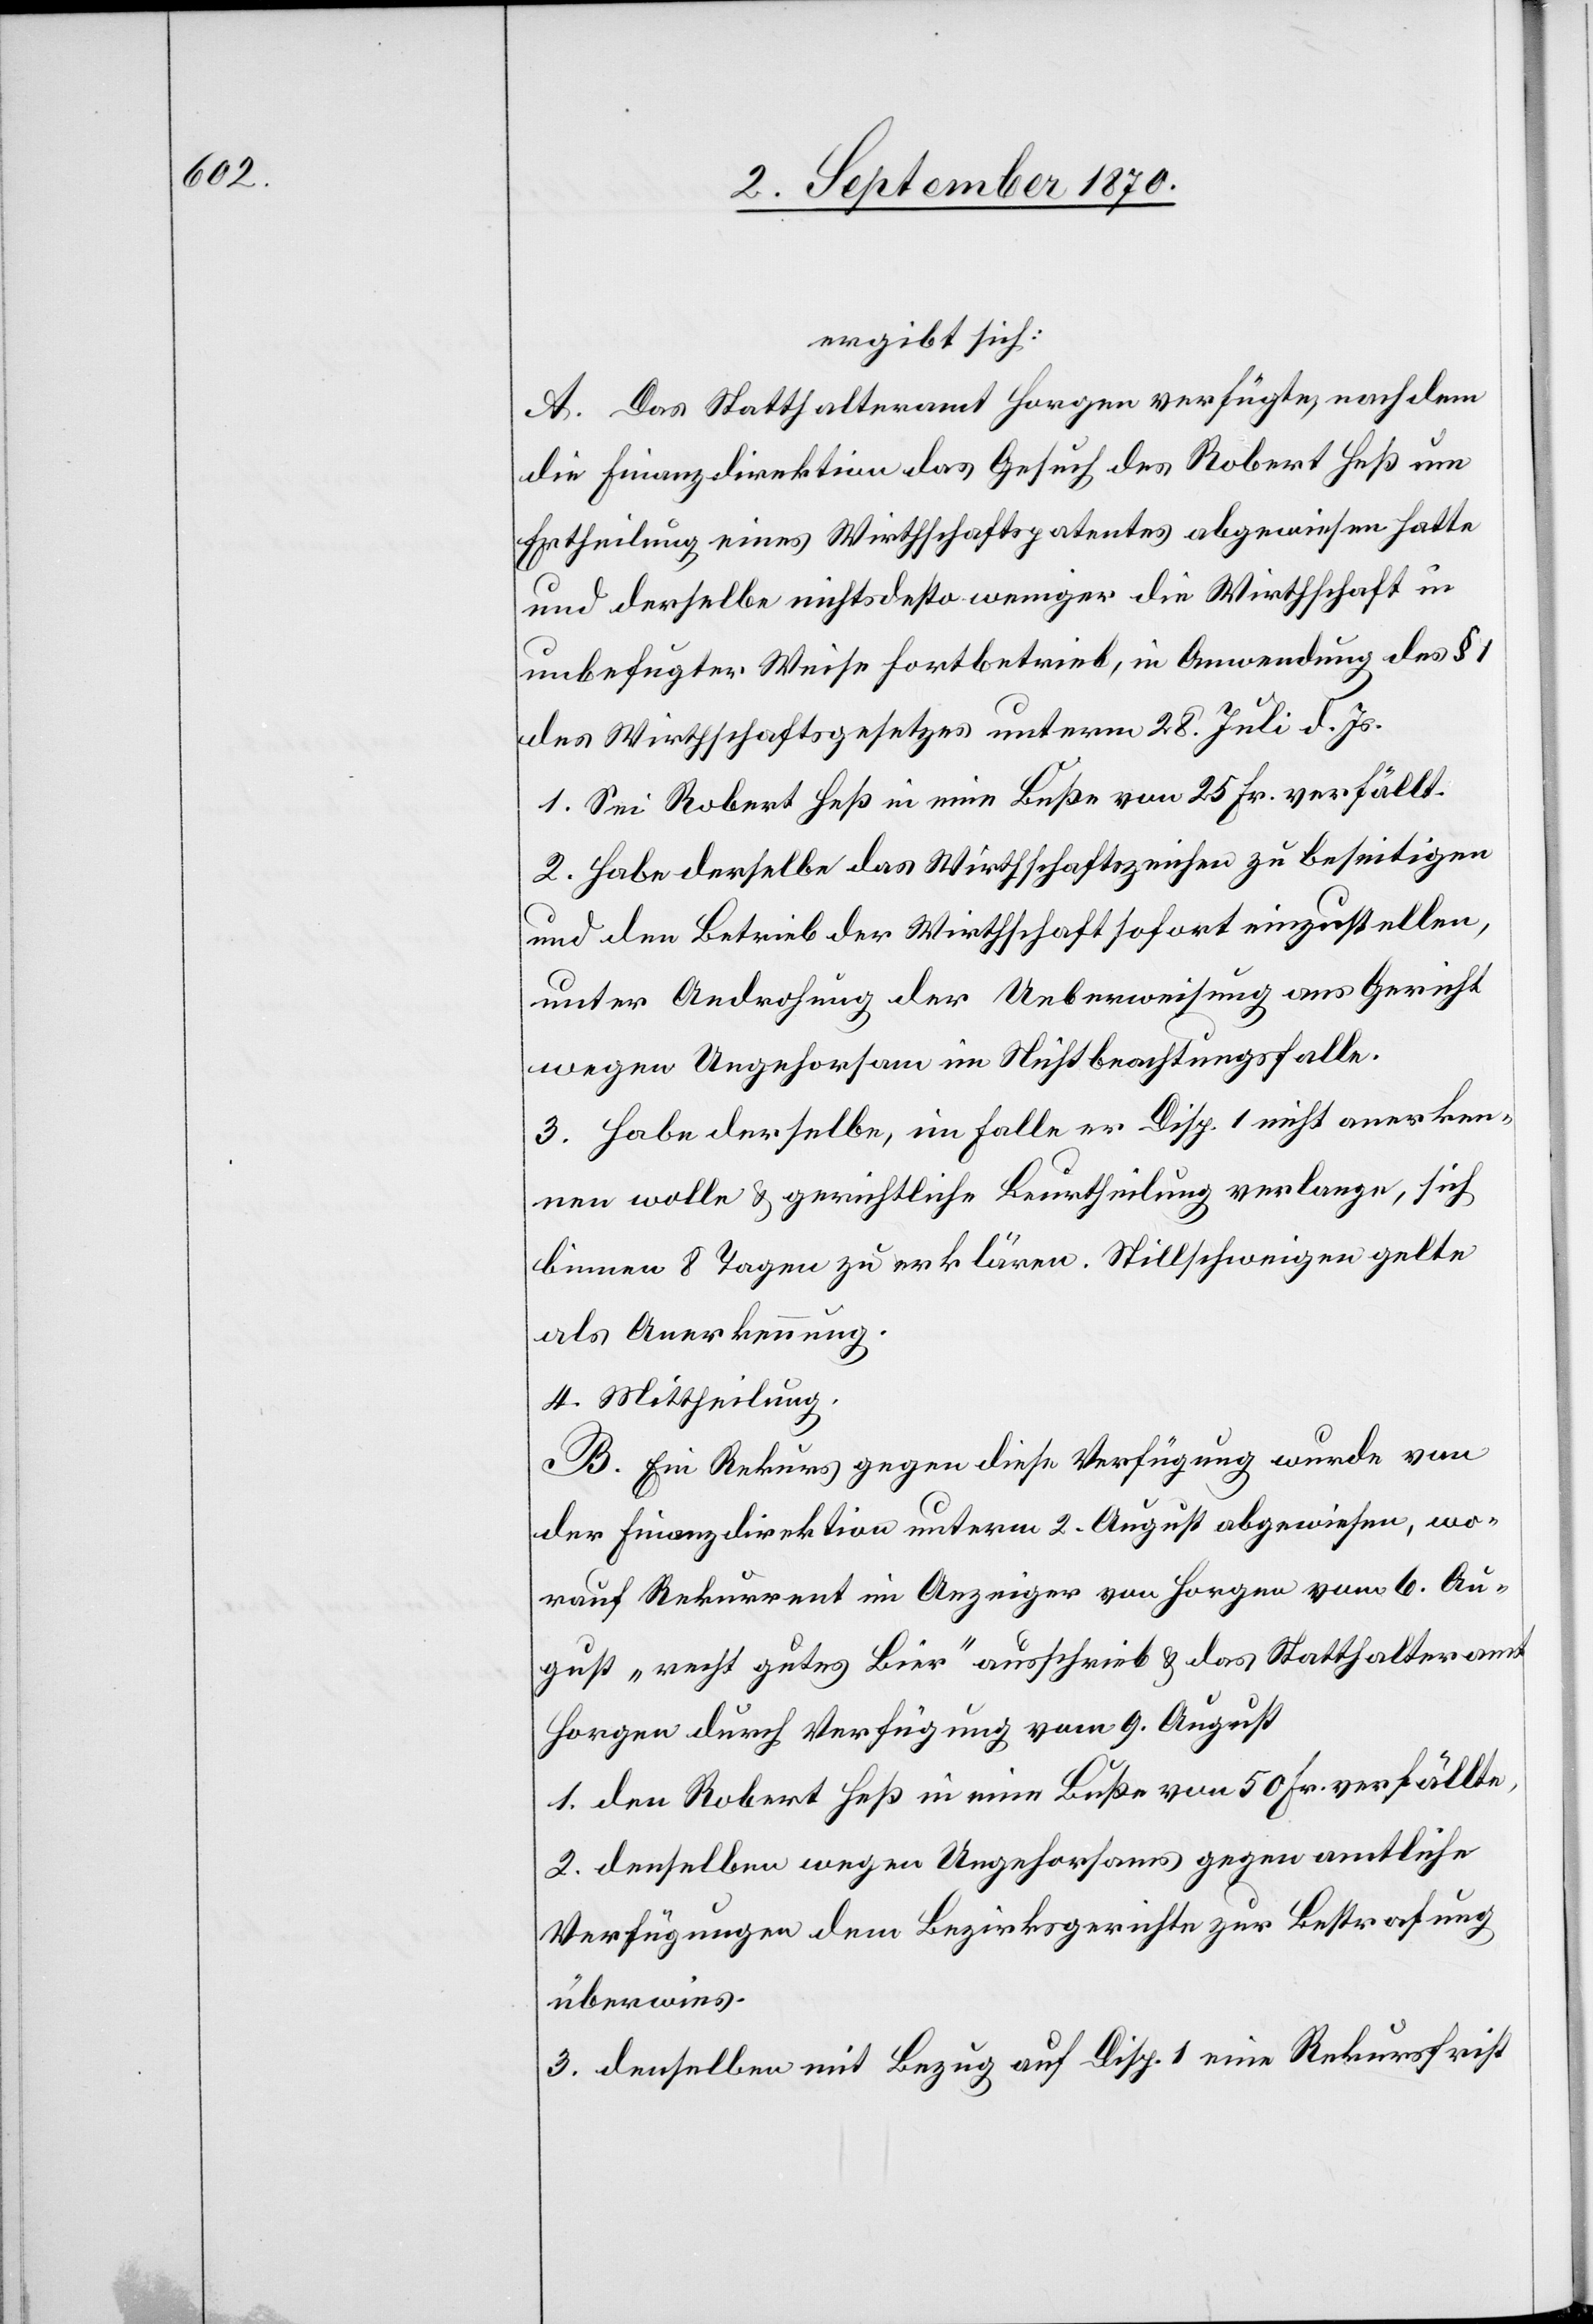
ergibt sich:
A. Das Statthalteramt Horgen verfügte, nachdem
die Finanzdirektion das Gesuch des Robert Heß um
Ertheilung eines Wirthschaftspatentes abgewiesen hatte
und derselbe nichtsdestoweniger die Wirthschaft in
unbefugter Weise fortbetrieb, in Anwendung des §
des Wirthschaftsgesetzes unterm 28. Juli d. Js.
1. Sei Robert Heß in eine Buße von 25 Fr. verfällt.
2. Habe derselbe das Wirthschaftszeichen zu beseitigen
und den Betrieb der Wirthschaft sofort einzustellen,
unter Androhung der Ueberweisung ans Gericht
wegen Ungehorsam im Nichtbeachtungsfalle.
3. Habe derselbe, im Falle er Disp. 1 nicht anerken¬
nen wolle & gerichtliche Beurtheilung verlange, sich
binnen 8 Tagen zu erklären. Stillschweigen gelte
als Anerkennung.
4. Mittheilung.
B. Ein Rekurs gegen diese Verfügung wurde von
der Finanzdirektion unterm 2. August abgewiesen, wo¬
rauf Rekurrent im Anzeiger von Horgen vom 6. Au¬
gust „recht gutes Bier“ ausschrieb & das Statthalteramt
Horgen durch Verfügung vom 9. August
1. den Robert Heß in eine Buße von 50 Fr. verfällte,
2. denselben wegen Ungehorsams gegen amtliche
Verfügungen dem Bezirksgerichte zur Bestrafung
überwies.
3. denselben mit Bezug auf Disp. 1 eine Rekursfrist